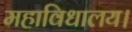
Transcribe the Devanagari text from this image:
महाविधालय।